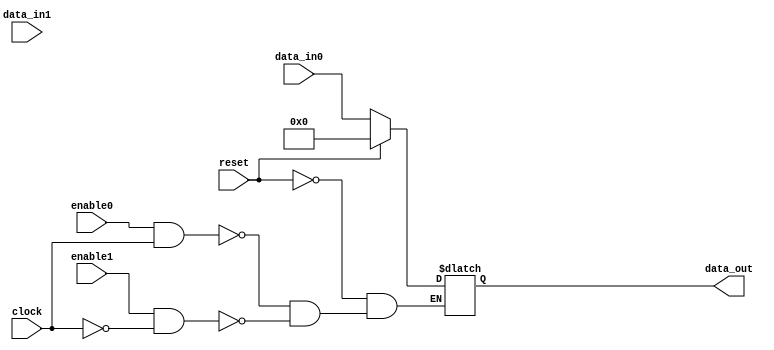
module register_16bit(data_out, data_in0, data_in1, clock, reset, enable0, enable1);
input [15:0] data_in0, data_in1;
input clock,reset,enable0, enable1;
output reg [15:0] data_out;

always @(clock or reset or enable0)
begin
	if(! reset)
	begin
		if(enable0 && clock)
			data_out <= data_in0;
		else if(enable1 && ! clock)
			data_out <= data_in0;
	end
	else
		data_out <= 16'b0;
end

endmodule